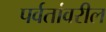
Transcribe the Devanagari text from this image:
पर्वतांवरील